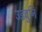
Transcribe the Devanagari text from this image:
उडवुनि